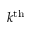
k ^ { \mathrm { t h } }